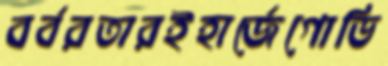
বর্বরতারইহার্জেগোভি